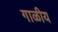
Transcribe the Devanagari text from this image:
गाळीय